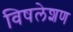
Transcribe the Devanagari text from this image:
विषलेशण